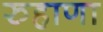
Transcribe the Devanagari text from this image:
रुहाणा